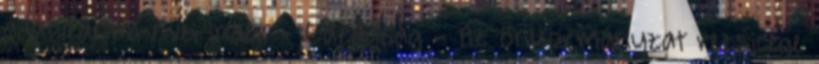
adatvédelmi elvei Index - Gazdaság - Az önkormányzat rezsicége